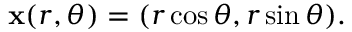
\mathbf { x } ( r , \theta ) = ( r \cos \theta , r \sin \theta ) .